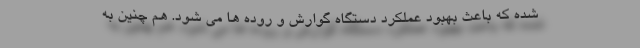
شده که باعث بهبود عملکرد دستگاه گوارش و روده ها می شود. هم چنین به